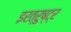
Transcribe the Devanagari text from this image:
इरत्रुष्ट्र